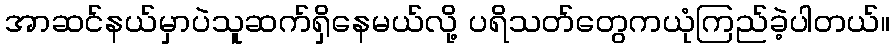
အာဆင်နယ်မှာပဲသူဆက်ရှိနေမယ်လို့ ပရိသတ်တွေကယုံကြည်ခဲ့ပါတယ်။